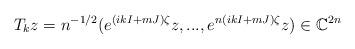
LaTeX: \begin{align*}T_{k}z=n^{-1/2}(e^{(ikI+mJ)\zeta}z,...,e^{n(ikI+mJ)\zeta}z)\in\mathbb{C}^{2n}\end{align*}